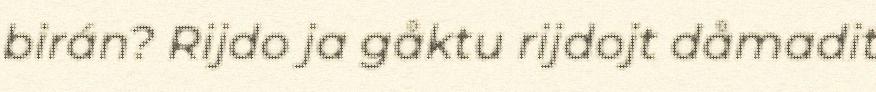
birán? Rijdo ja gåktu rijdojt dåmadit